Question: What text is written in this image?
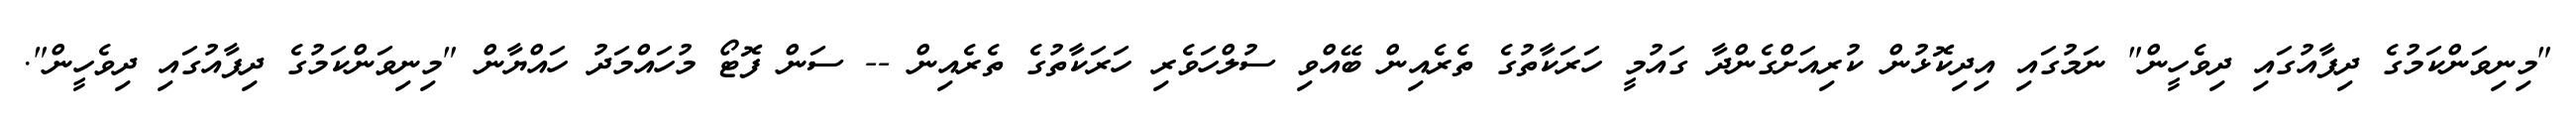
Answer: "މިނިވަންކަމުގެ ދިފާއުގައި ދިވެހީން" ނަމުގައި އިދިކޮޅުން ކުރިއަށްގެންދާ ގައުމީ ހަރަކާތުގެ ތެރެއިން ބޭއްވި ސުލްހަވެރި ހަރަކާތުގެ ތެރެއިން -- ސަން ފޮޓޯ މުހައްމަދު ހައްޔާން "މިނިވަންކަމުގެ ދިފާއުގައި ދިވެހީން".